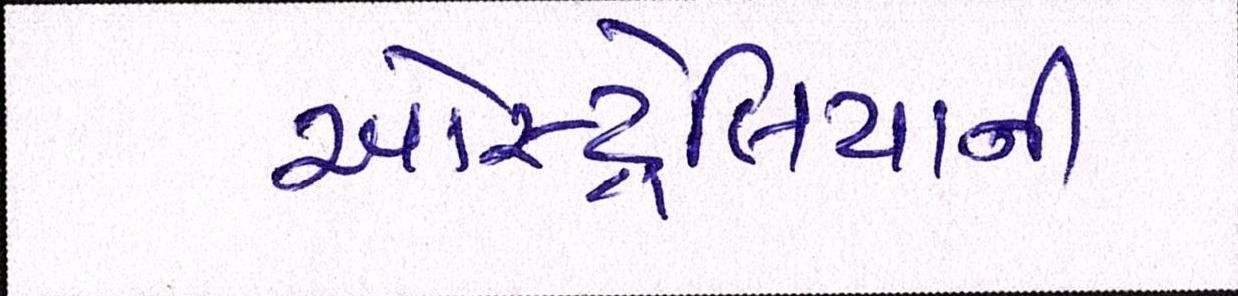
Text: ઓસ્ટ્રેલિયાની